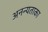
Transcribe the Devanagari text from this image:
अनन्यताका